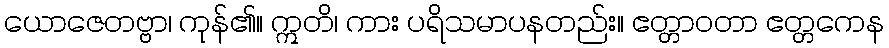
ယောဇေတဗ္ဗာ၊ ကုန်၏။ ဣတိ၊ ကား ပရိသမာပနတည်း။ ဧတ္တာဝတာ ဧတ္တကေန